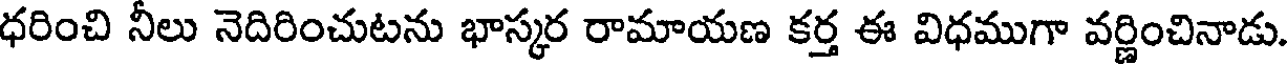
ధరించి నీలు నెదిరించుటను భాస్కర రామాయణ కర్త ఈ విధముగా వర్ణించినాడు.